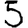
Digit: 5